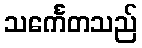
သင်္ကေတသည်